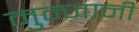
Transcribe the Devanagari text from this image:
मुन्जानी